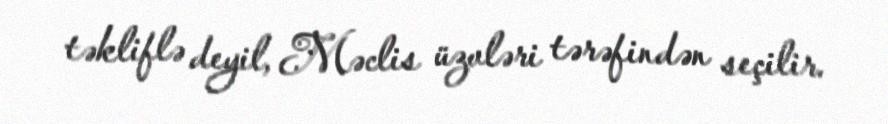
təkliflə deyil, Məclis üzvləri tərəfindən seçilir.